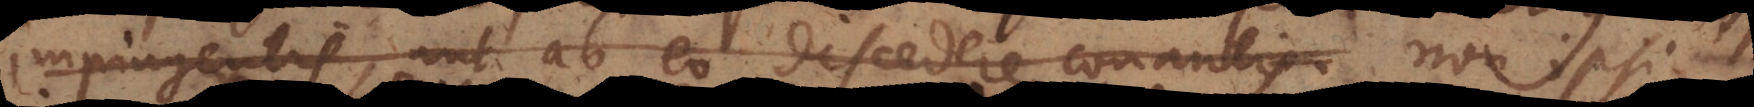
impingentis, aut ab eo discedere conantis. non ipsi